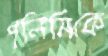
পলিসিকে